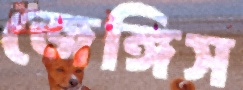
জেঙ্গিস